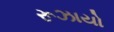
રૂઝાયો